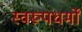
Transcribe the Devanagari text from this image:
स्वरूपधर्मों